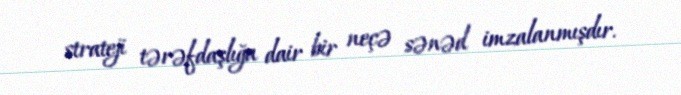
strateji tərəfdaşlığa dair bir neçə sənəd imzalanmışdır.